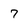
Character: 7